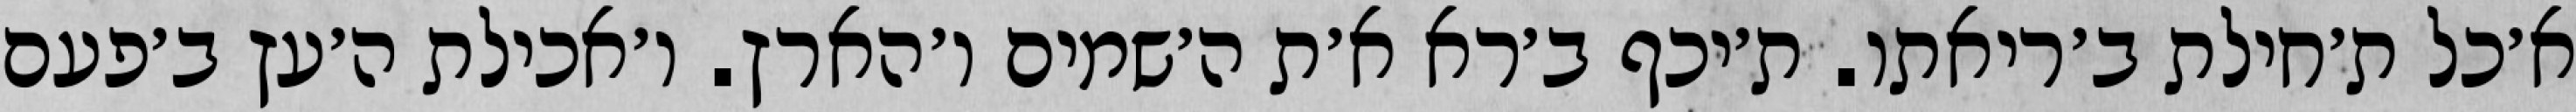
א׳כל ת׳חילת ב׳ריאתו. ת׳יכף ב׳רא א׳ת ה׳שמים ו׳הארץ. ו׳אכילת ה׳עץ ב׳פעם